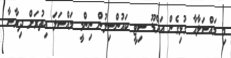
މި މައްސަލާއާ ގުޅިގެން އައްޑޫ ސިޓީ ކައުންސިލުން ނިންމީ މައްސަލަ އިތުރަށް ދިރާސާ